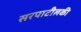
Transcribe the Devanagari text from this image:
सरपाटीलकी